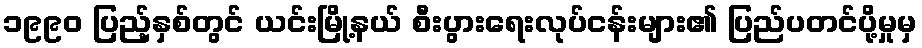
၁၉၉၀ ပြည့်နှစ်တွင် ယင်းမြို့နယ် စီးပွားရေးလုပ်ငန်းများ၏ ပြည်ပတင်ပို့မှုမှ